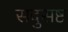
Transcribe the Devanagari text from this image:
सदुसष्ट